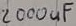
Text: 2000uF